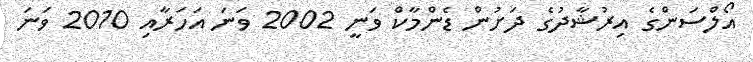
އޯލްސަންގެ އިރުޝާދުގެ ދަށުން ޑެންމާކް ވަނީ 2002 ވަނަ އަހަރާއި 2010 ވަނަ